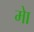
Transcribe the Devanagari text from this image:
मेा